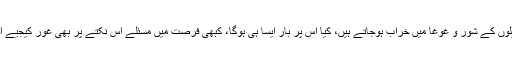
اس ملک میں مسلمانوں کی ایک پریشانی یہ بھی ہے کہ اس کے مقدمے کمزور وکیلوں کے شور و غوغا میں خراب ہوجاتے ہیں، کیا اس پر بار ایسا ہی ہوگا، کبھی فرصت میں مسئلے اس نکتے پر بھی غور کیجیے اور گریبانوں میں منھ ڈال کر جائزہ لیجیے کہ ہم اسلام کے کتنے مضبوط وکیل ہیں؟